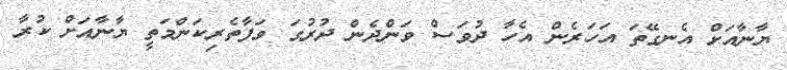
ޔާނާއަށް އެނގޭތަ އަހަރެން އެހާ ދުވަސް ވަންދެން ދުރުގަ ވަފާތެރިކަންމަތީ ޔާނާއަށް ކުރާ